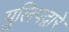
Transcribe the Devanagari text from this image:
युलिपद्वारे